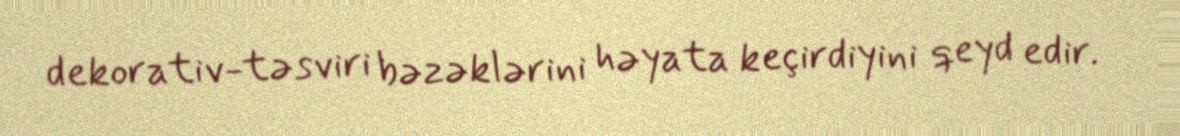
dekorativ-təsviri bəzəklərini həyata keçirdiyini qeyd edir.